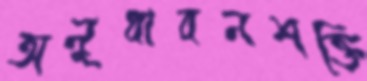
অনুধাবনশক্তি